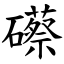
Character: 礤